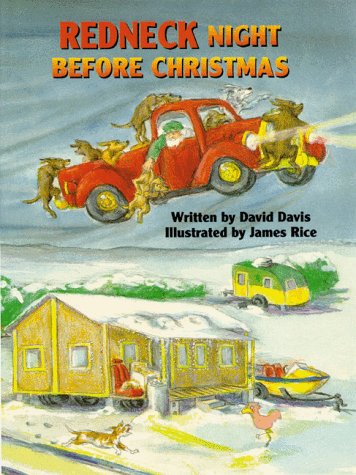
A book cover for Redneck Night Before Christmas (The Night Before Christmas Series); David Davis; Humor & Entertainment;